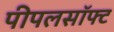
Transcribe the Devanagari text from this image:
पीपलसॉफ्ट